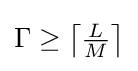
{\textstyle \Gamma \geq \left\lceil {\frac {L}{M}}\right\rceil }